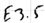
Text: E3.5